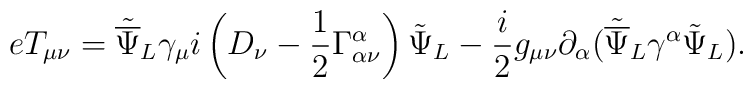
eT_{\mu\nu}={\tilde{\overline\Psi}_{L}}{\gamma_\mu}i\left(D_\nu -\frac{1}{2}\Gamma^\alpha_{\alpha\nu}\right){\tilde\Psi}_{L}-\frac{i}{2}g_{\mu\nu}\partial_\alpha({\tilde{\overline\Psi}}_{L}\gamma^\alpha{\tilde\Psi_{L}}).\nonumber\\